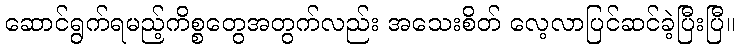
ဆောင်ရွက်ရမည့်ကိစ္စတွေအတွက်လည်း အသေးစိတ် လေ့လာပြင်ဆင်ခဲ့ပြီးပြီ။